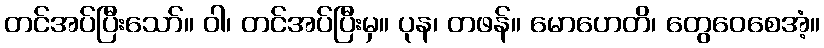
တင်အပ်ပြီးသော်။ ဝါ၊ တင်အပ်ပြီးမှ။ ပုန၊ တဖန်။ မောဟေတိ၊ တွေဝေစေအံ့။